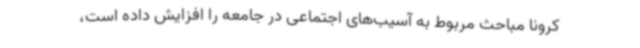
کرونا مباحث مربوط به آسیب‌های اجتماعی در جامعه را افزایش داده است،